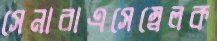
সেনারাএসেম্বেলক